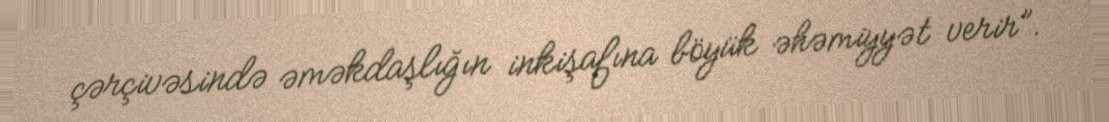
çərçivəsində əməkdaşlığın inkişafına böyük əhəmiyyət verir”.